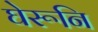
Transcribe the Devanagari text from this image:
घेरूनि